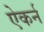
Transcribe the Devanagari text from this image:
ऐकर्न